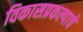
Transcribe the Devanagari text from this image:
विकासप्रकल्पाचे